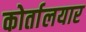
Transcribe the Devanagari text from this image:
कोर्तालयार